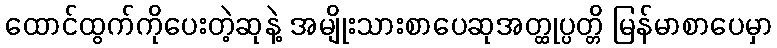
ထောင်ထွက်ကိုပေးတဲ့ဆုနဲ့ အမျိုးသားစာပေဆုအတ္ထုပ္ပတ္တိ မြန်မာစာပေမှာ